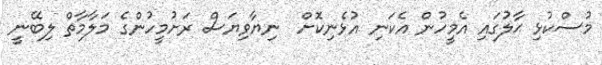
މުސްކުޅި ޙާލުގައި އެމީހުން އެކަނި އުޅެނިކޮށް  ނިޔާވިޔަސް ރަށުމީހުންގެ މަލާމާތް ލިބޭނީ